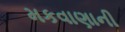
મકવાણાની